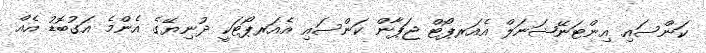
ކަންސައި އިންޓަނޭޝަނަލް އެއަރޕޯޓް ޖަޕާން ކަންސައި އެއަރޕޯޓަކީ ދުނިޔޭގެ އެންމެ އަގުބޮޑު އެއް